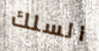
السلك